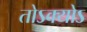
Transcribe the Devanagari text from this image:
तोऽक्योऽ